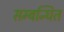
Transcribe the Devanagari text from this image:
सम्‍बन्‍धित